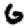
Digit: 6